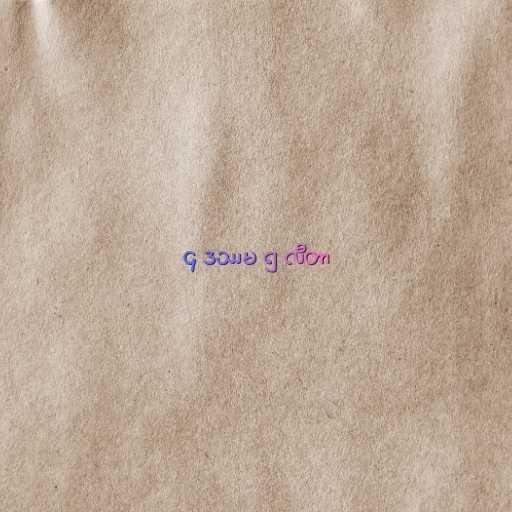
၄ ဒဿမ ၅ လီတာ